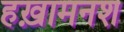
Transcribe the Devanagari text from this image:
हख़ामनश